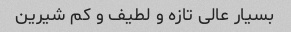
بسیار عالی تازه و لطیف و کم شیرین